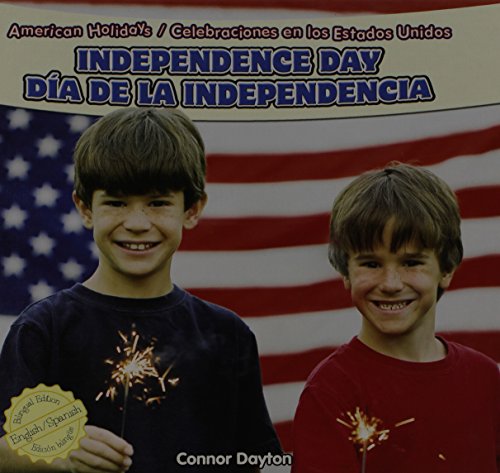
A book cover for Independence Day / Dia De La Independencia (American Holidays / Celebraciones En Los Estados Unidos); Connor Dayton; Children's Books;